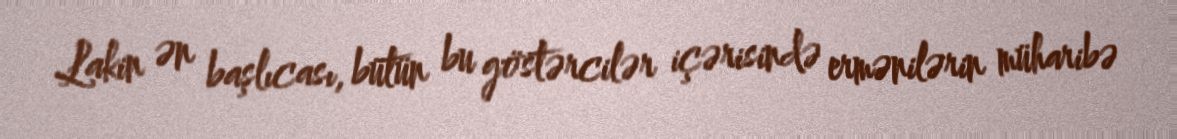
Lakin ən başlıcası, bütün bu göstərcilər içərisində ermənilərin müharibə